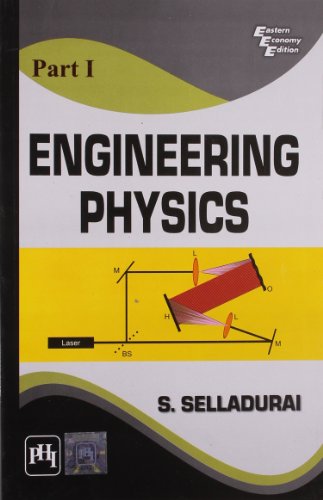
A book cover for Engineering Physics Part 1 1E; SELLADURAI; Science & Math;